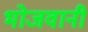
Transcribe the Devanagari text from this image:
भोजवानी